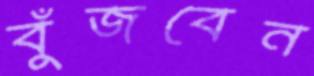
বুঁজবেন